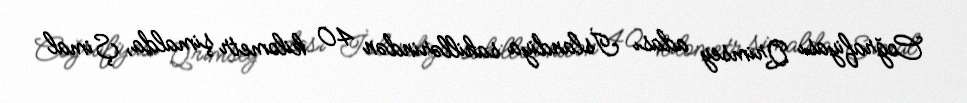
Coğrafiyası Qrimsey adası İslandiya sahillərindən 40 kilometr şimalda, Şimal